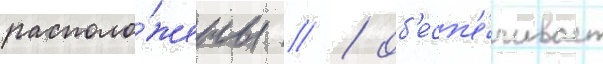
располо́жены // / об'есп'е́чивает